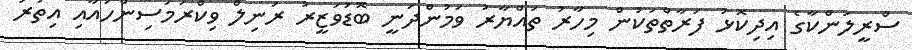
ސްރީލަންކާގެ އިދިކޮޅު ފަރާތްތަކުން މިހާރު ތައްޔާރު ވަމުންދަނީ ބޮޑުވަޒީރު ރަނިލް ވިކްރަމަސިންހައާއި އިތުރު